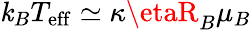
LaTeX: \mathit{k}_{B}T_{\mathrm{{eff}}}\simeq\kappa\etaR_{B}\mu_{B}